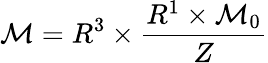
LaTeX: {\cal M}=R^{3}\times{\frac{R^{1}\times{\cal M}_{0}}{Z}}